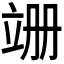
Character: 𫁠